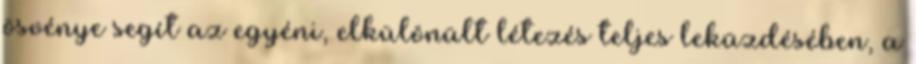
ösvénye segít az egyéni, elkülönült létezés teljes leküzdésében, a